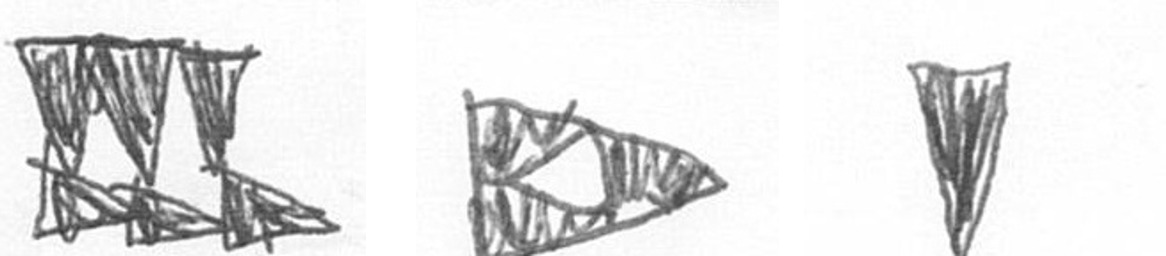
D K J